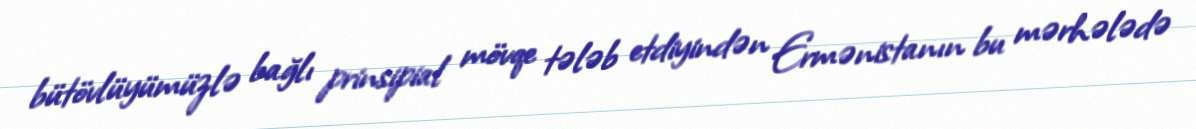
bütövlüyümüzlə bağlı prinsipial mövqe tələb etdiyindən Ermənistanın bu mərhələdə